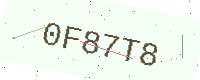
Text: 0F87T8